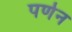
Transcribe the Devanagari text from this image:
पर्णन